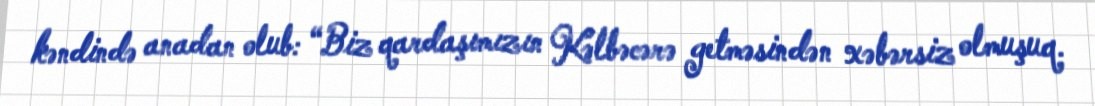
kəndində anadan olub: “Biz qardaşımızın Kəlbəcərə getməsindən xəbərsiz olmuşuq.